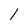
Character: 1